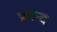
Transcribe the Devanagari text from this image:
प्रबन्द